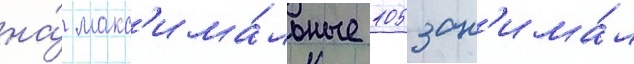
на́ макс'има́льные 105 зан'има́л